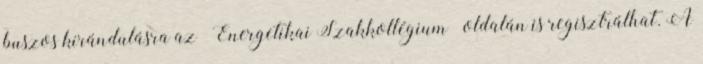
buszos kirándulásra az Energetikai Szakkollégium oldalán is regisztrálhat. A